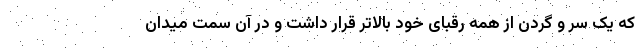
که یک سر و گردن از همه رقبای خود بالاتر قرار داشت و در آن سمت میدان